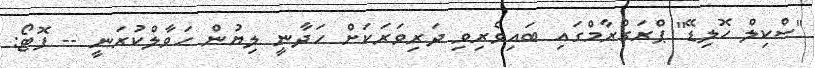
"ސްކިލް ހޮލިޑޭ" ޕްރަގްރާމްގައި ބައިވެރިވި ދަރިވަރަކަށް ހަދާނީ ލިޔުން ހަވާލްކުރަނީ -- ފޮޓޯ: